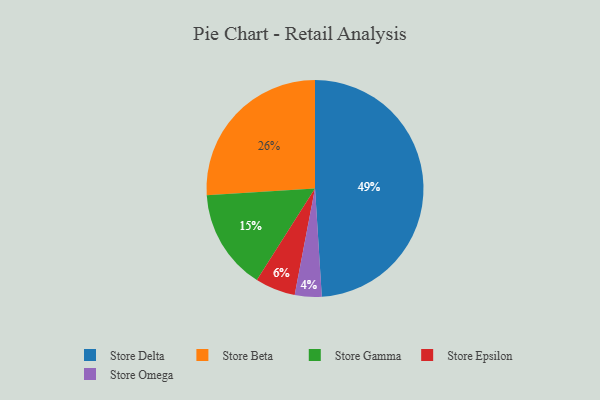
{"axis": {"x": "Category", "y": "Percentage"}, "legend": ["Store Beta", "Store Delta", "Store Epsilon", "Store Gamma", "Store Omega"], "data": [{"x": "Store Gamma", "y": 15, "type": "Store Gamma"}, {"x": "Store Epsilon", "y": 6, "type": "Store Epsilon"}, {"x": "Store Omega", "y": 4, "type": "Store Omega"}, {"x": "Store Beta", "y": 26, "type": "Store Beta"}, {"x": "Store Delta", "y": 49, "type": "Store Delta"}]}